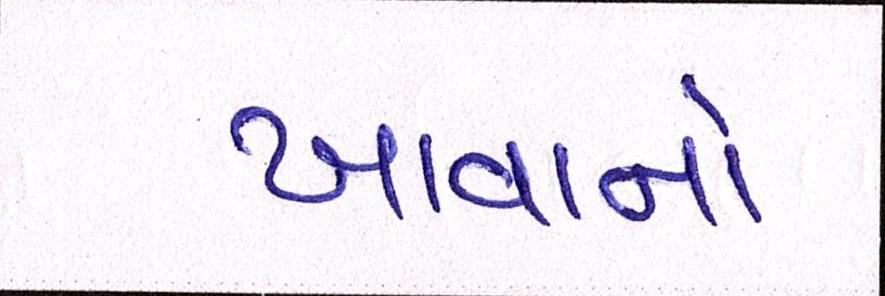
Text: ખાવાનો